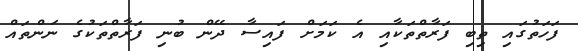
ފަހަތުގައި ތިބި ފަރާތްތަކާއި އެ ކަމަށް ފައިސާ ދޭން ބުނި ފަރާތްތަކުގެ ނަންތައް